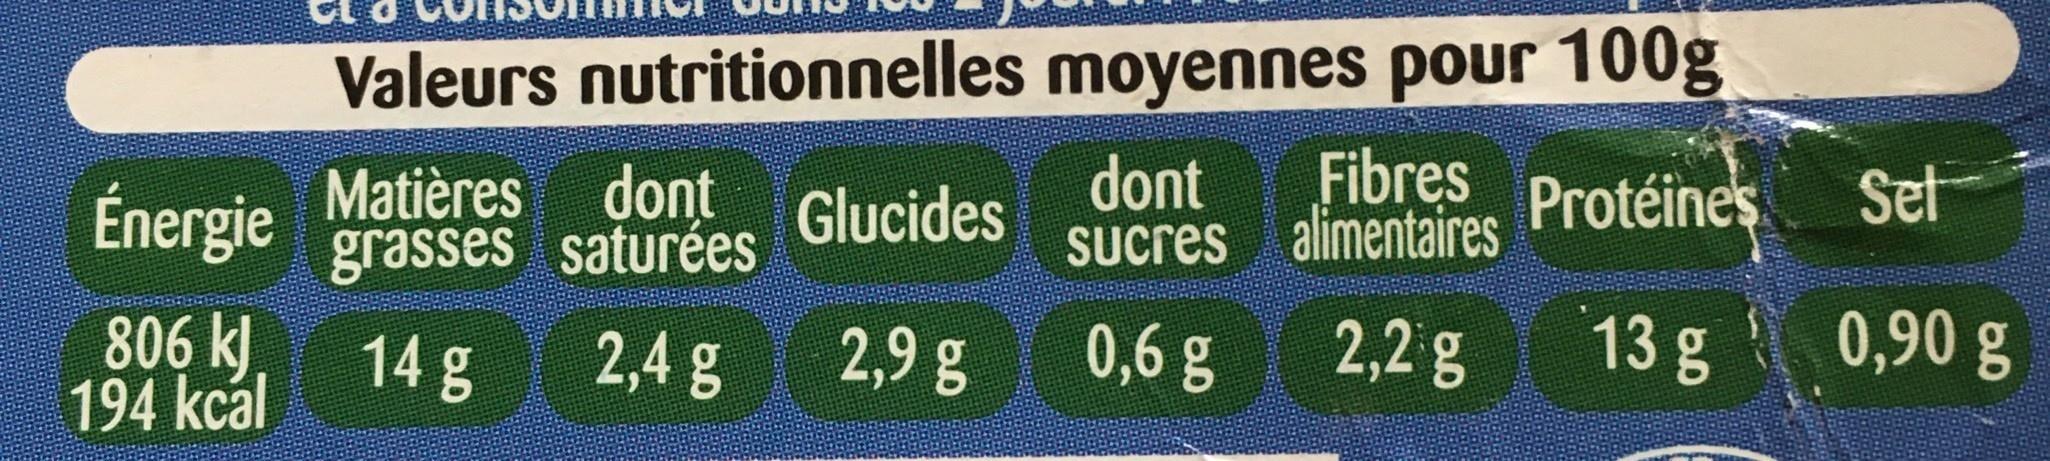
Valeurs nutritionnelles moyennes pour 100g
dont
Fibres
Matières dont Énergie grasses saturées
Glucides
Protéines
Set
Sucres alimentaires
806 k 194 kcál
0,90 g
14 g
2,4 g
2,9 g
0,6 g
2,2 g
13 g